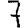
Digit: 7